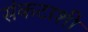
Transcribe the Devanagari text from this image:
संकटाशी